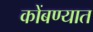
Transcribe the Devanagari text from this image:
कोंबण्यात